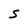
Character: S